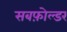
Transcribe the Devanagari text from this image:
सबफ़ोल्डर